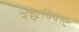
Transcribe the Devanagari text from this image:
रेह्नक्विस्ट